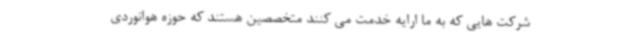
شرکت هایی که به ما ارایه خدمت می کنند متخصصین هستند که حوزه هوانوردی